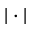
| \cdot |